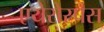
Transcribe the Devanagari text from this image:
एयेरोस्पस